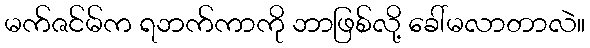
မက်ဇင်မ်က ရဘက်ကာကို ဘာဖြစ်လို့ ခေါ်မလာတာလဲ။